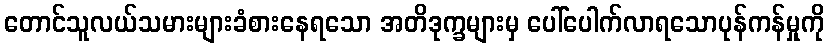
တောင်သူလယ်သမားများခံစားနေရသော အတိဒုက္ခများမှ ပေါ်ပေါက်လာရသောပုန်ကန်မှုကို